Annual report of the Camel Specialist
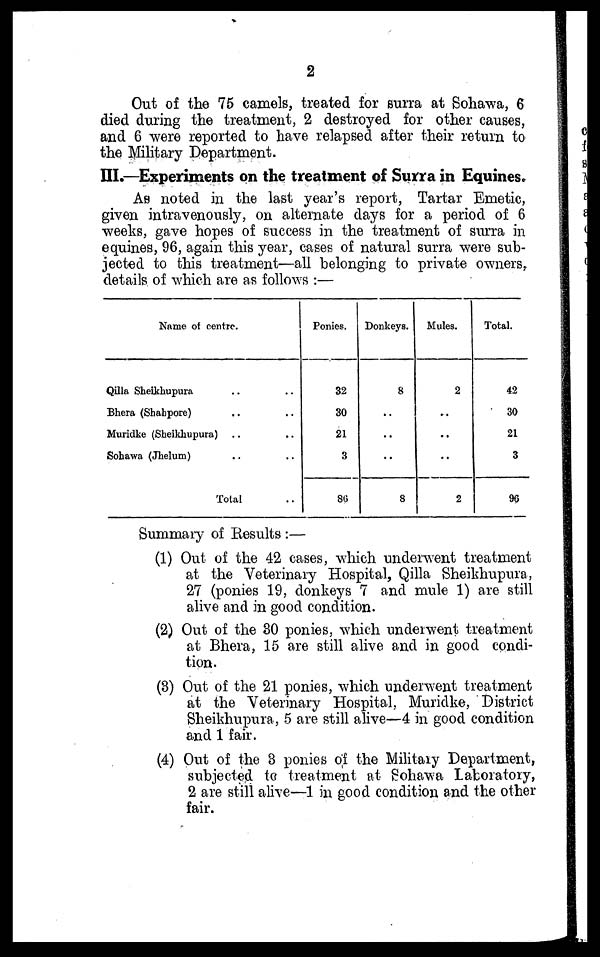
2
Out of the 75 camels, treated for surra at Sohawa, 6
died during the treatment, 2 destroyed for other causes,
and 6 were reported to have relapsed after their return to
the Military Department.
III.—Experiments on the treatment of Surra in Equines.
As noted in the last year's report, Tartar Emetic,
given intravenously, on alternate days for a period of 6
weeks, gave hopes of success in the treatment of surra in
equines, 96, again this year, cases of natural surra were sub-
jected to this treatment—all belonging to private owners,
details of which are as follows :—
Name of centre.
Qilla Sheikhupura
Bhera (Shahpore)
Muridke (Sheikhupura)
Sohawa (Jhelum)
Total
Ponies.
32
30
21
3
86
Donkeys.
8
..
..
..
8
Mules.
2
..
..
..
2
Total.
42
30
21
3
96
Summary of Results :—
(1) Out of the 42 cases, which underwent treatment
at the Veterinary Hospital, Qilla Sheikhupura,
27 (ponies 19, donkeys 7 and mule 1) are still
alive and in good condition.
(2) Out of the 30 ponies, which underwent treatment
at Bhera, 15 are still alive and in good condi-
tion.
(3) Out of the 21 ponies, which underwent treatment
at the Veterinary Hospital, Muridke, District
Sheikhupura, 5 are still alive—4 in good condition
and 1 fair.
(4) Out of the 3 ponies of the Military Department,
subjected to treatment at Sohawa Laboratory,
2 are still alive—1 in good condition and the other
fair.